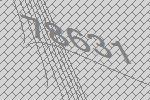
78631